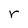
Character: r